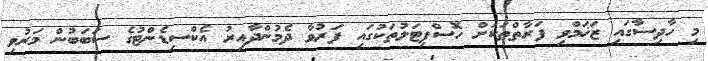
މި ހާދިސާގައި ޒަޚަމްވި ފަރާތްތަކަށް ހޮސްޕިޓަލުތަކުގައި ފަރުވާ ދެމުންދާއިރު އެކްސިޑެންޓުގެ ސަބަބުން މަރުވި